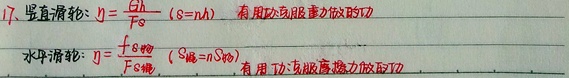
17、竖直滑轮：\(\eta=\frac{Gh}{Fs}(s = nh)\)，有用功克服重力做功。
水平滑轮：\(\eta=\frac{f s_{物}}{Fs_{绳}}(s_{绳}=ns_{物})\)，有用功克服摩擦力做功。